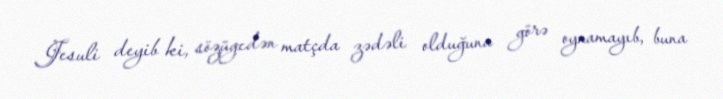
Jesuli deyib ki, sözügedən matçda zədəli olduğuna görə oynamayıb, buna